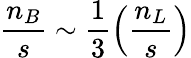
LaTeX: \frac{n_{B}}{s}\sim\frac{1}{3}\left(\frac{n_{L}}{s}\right)